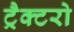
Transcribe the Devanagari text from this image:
ट्रैक्टरो